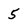
Character: 5